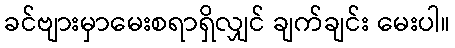
ခင်ဗျားမှာမေးစရာရှိလျှင် ချက်ချင်း မေးပါ။